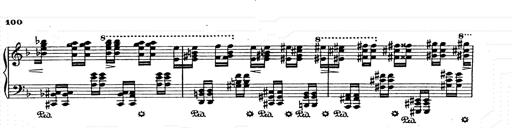
Title: AnnÃ©es de pÃ¨lerinage II
Composer: Franz Liszt